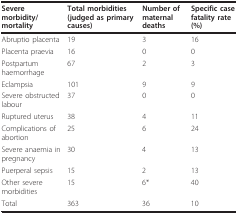
| Severe morbidity/mortality | Total morbidities (judged as primary causes) | Number of maternal deaths | Specific case fatality rate (%) |
 | --- | --- | --- | --- |
 | Abruptio placenta | 19 | 3 | 16 |
 | Placenta praevia | 16 | 0 | 0 |
 | Postpartum haemorrhage | 67 | 2 | 3 |
 | Eclampsia | 101 | 9 | 9 |
 | Severe obstructed labour | 37 | 0 | 0 |
 | Ruptured uterus | 38 | 4 | 11 |
 | Complications of abortion | 25 | 6 | 24 |
 | Severe anaemia in pregnancy | 30 | 4 | 13 |
 | Puerperal sepsis | 15 | 2 | 13 |
 | Other severe morbidities | 15 | 6* | 40 |
 | Total | 363 | 36 | 10 |